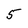
Character: 5